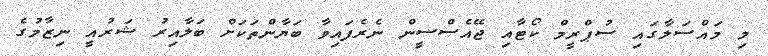
މި މައްސަލާގައި ސުޕްރީމް ކޯޓާއި ޖޭއެސްސީން ނެރެފައިވާ ބަޔާންތަކަށް ބަލާއިރު ޝަރުއީ ނިޒާމުގެ